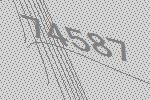
74587